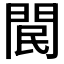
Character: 𨳶